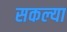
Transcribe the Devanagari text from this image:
सकल्या